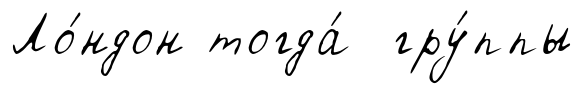
Ло́ндон тогда́ гру́ппы